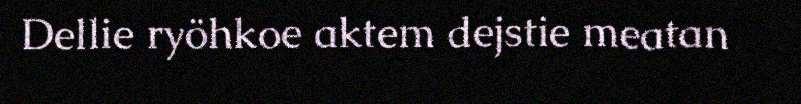
Dellie ryöhkoe aktem dejstie meatan